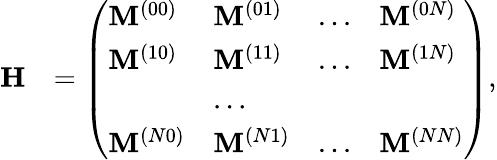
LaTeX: \begin{array}{rl}{\mathbf{H}}&{=\left(\begin{array}{llll}{\mathbf{M}^{(00)}}&{\mathbf{M}^{(01)}}&{...}&{\mathbf{M}^{(0N)}}\\ {\mathbf{M}^{(10)}}&{\mathbf{M}^{(11)}}&{...}&{\mathbf{M}^{(1N)}}\\ &{...}\\ {\mathbf{M}^{(N0)}}&{\mathbf{M}^{(N1)}}&{...}&{\mathbf{M}^{(NN)}}\end{array}\right),}\end{array}